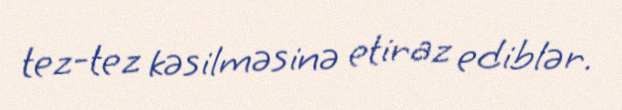
tez-tez kəsilməsinə etiraz ediblər.